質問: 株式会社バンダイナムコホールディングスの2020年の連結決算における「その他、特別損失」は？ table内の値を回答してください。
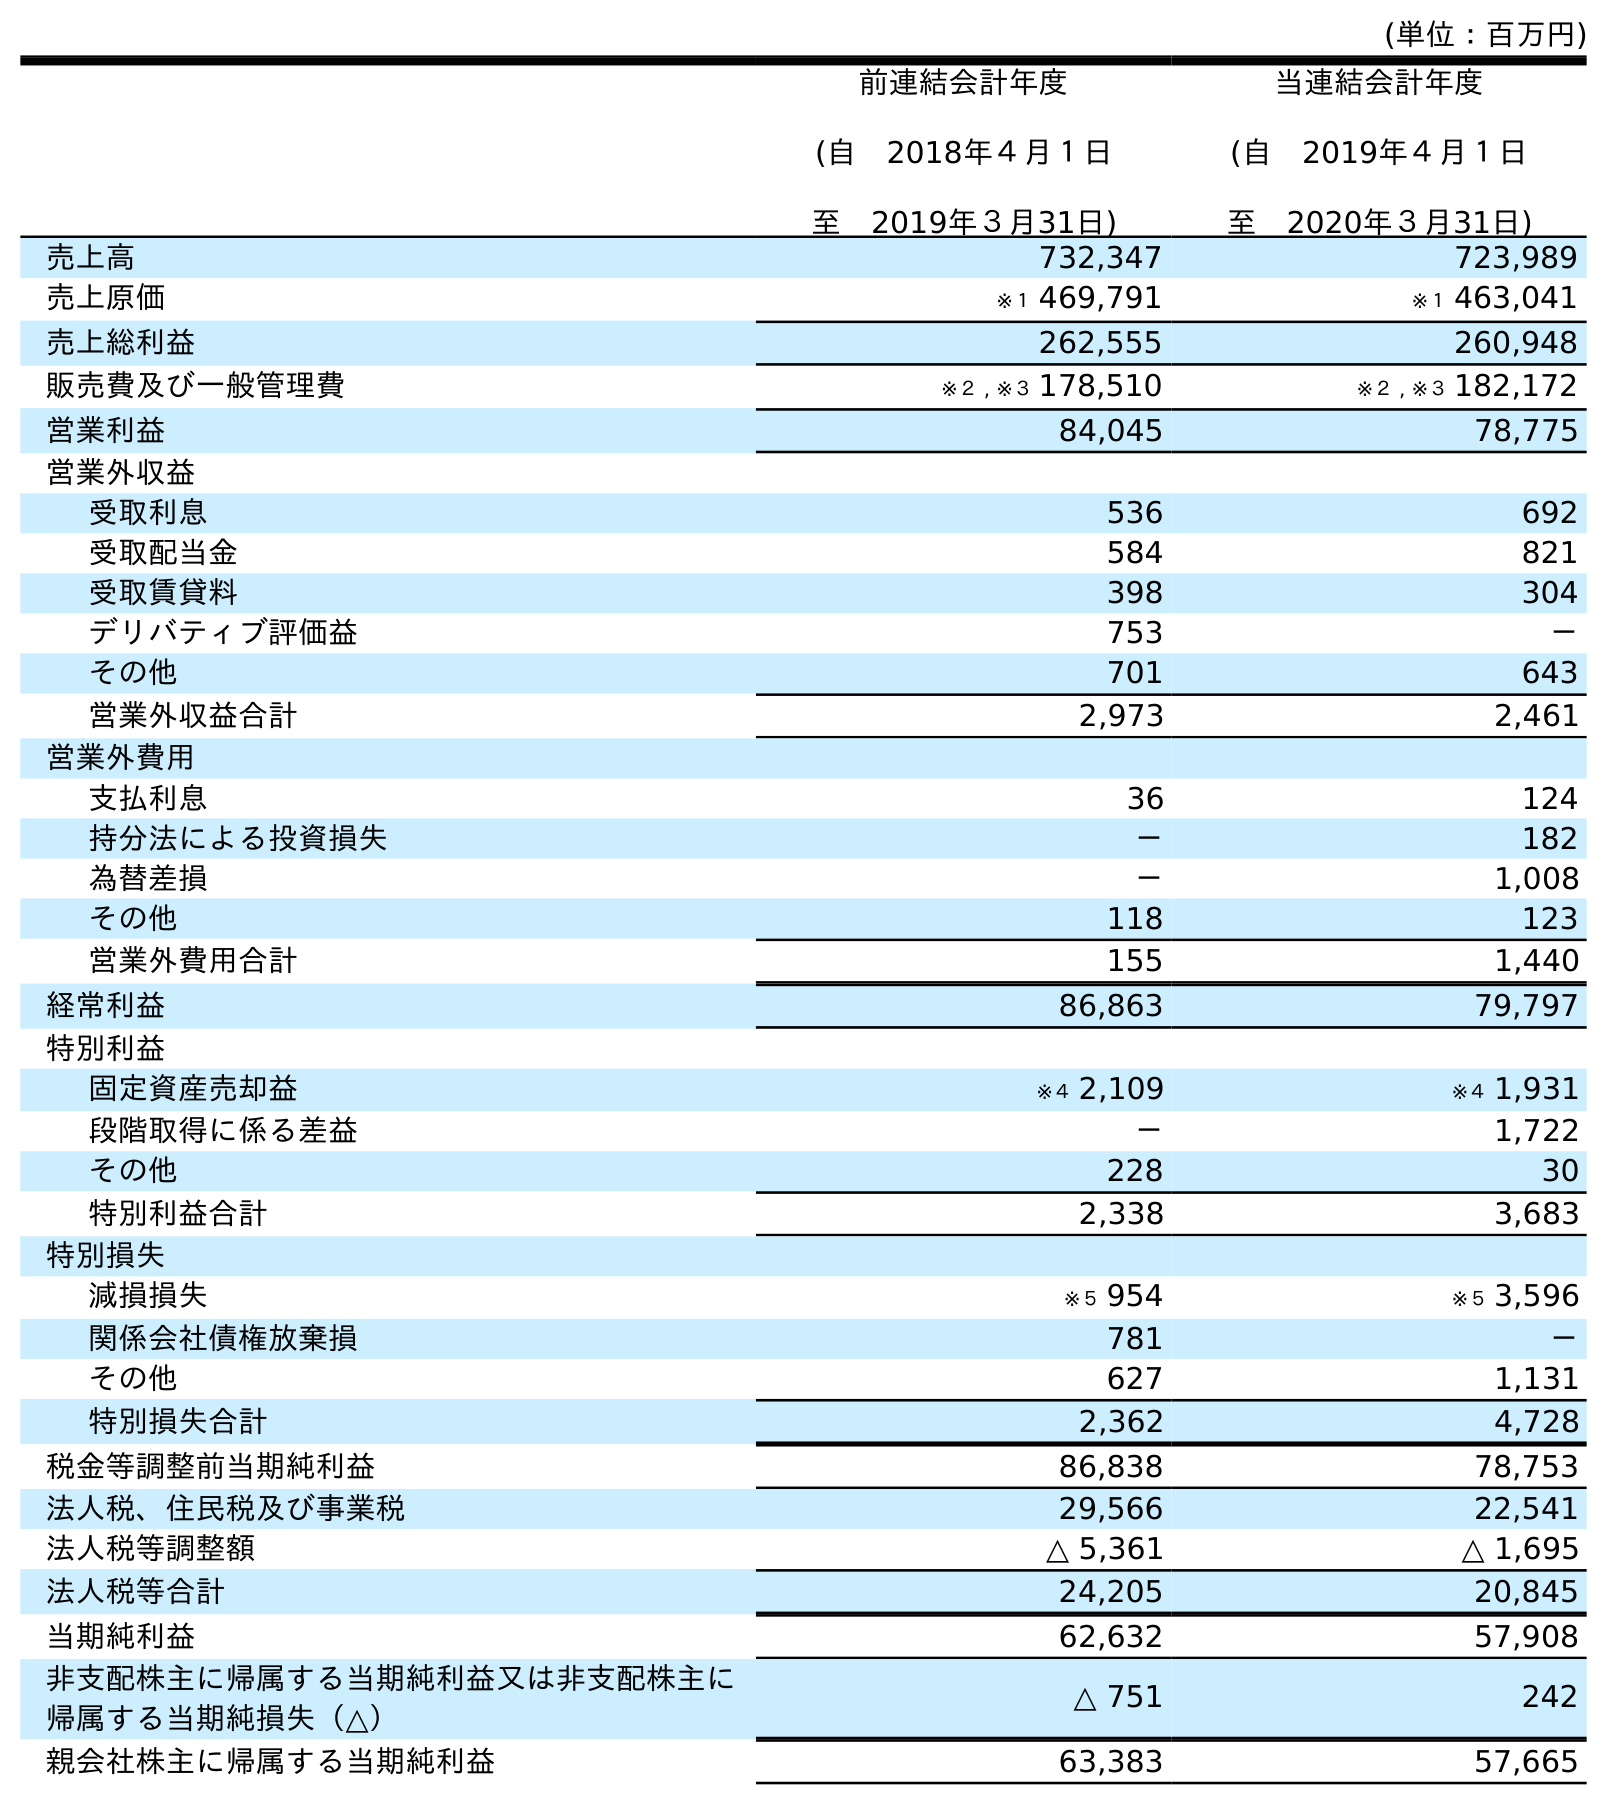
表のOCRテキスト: (単位：百万円) 前連結会計年度 (自 2018年４月１日 至 2019年３月31日) 当連結会計年度 (自 2019年４月１日 至 2020年３月31日) 売上高 732,347 723,989 売上原価 ※１ 469,791 ※１ 463,041 売上総利益 262,555 260,948 販売費及び一般管理費 ※２ , ※３ 178,510 ※２ , ※３ 182,172 営業利益 84,045 78,775 営業外収益 受取利息 536 692 受取配当金 584 821 受取賃貸料 398 304 デリバティブ評価益 753 － その他 701 643 営業外収益合計 2,973 2,461 営業外費用 支払利息 36 124 持分法による投資損失 － 182 為替差損 － 1,008 その他 118 123 営業外費用合計 155 1,440 経常利益 86,863 79,797 特別利益 固定資産売却益 ※４ 2,109 ※４ 1,931 段階取得に係る差益 － 1,722 その他 228 30 特別利益合計 2,338 3,683 特別損失 減損損失 ※５ 954 ※５ 3,596 関係会社債権放棄損 781 － その他 627 1,131 特別損失合計 2,362 4,728 税金等調整前当期純利益 86,838 78,753 法人税、住民税及び事業税 29,566 22,541 法人税等調整額 △ 5,361 △ 1,695 法人税等合計 24,205 20,845 当期純利益 62,632 57,908 非支配株主に帰属する当期純利益又は非支配株主に 帰属する当期純損失（△） △ 751 242 親会社株主に帰属する当期純利益 63,383 57,665
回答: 1,131